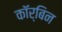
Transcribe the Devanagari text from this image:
कॉर्बिन